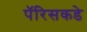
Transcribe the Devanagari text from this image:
पॅरिसकडे